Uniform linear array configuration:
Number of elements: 8
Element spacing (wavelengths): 1
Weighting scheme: uniform
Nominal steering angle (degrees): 0
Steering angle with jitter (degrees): -1.385
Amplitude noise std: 0.05
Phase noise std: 0.05

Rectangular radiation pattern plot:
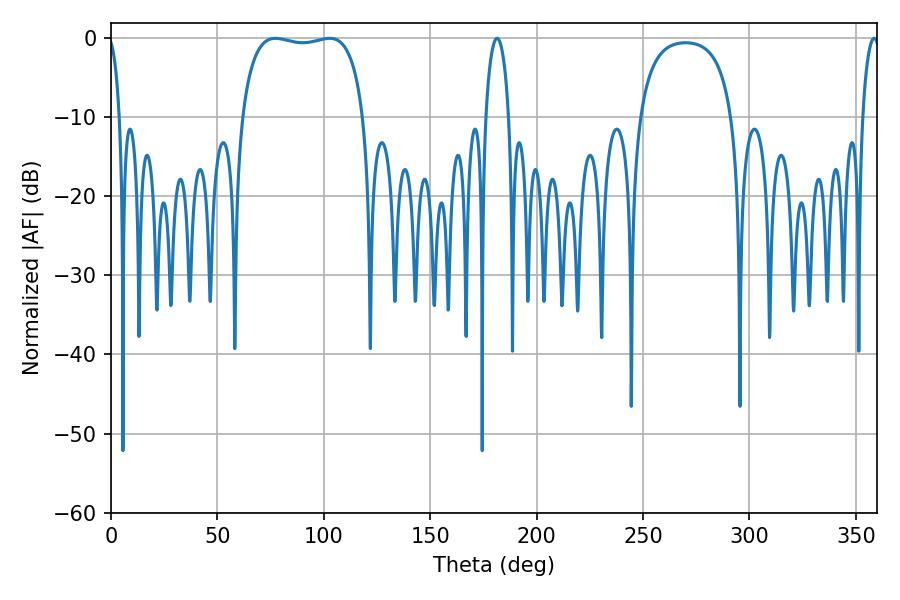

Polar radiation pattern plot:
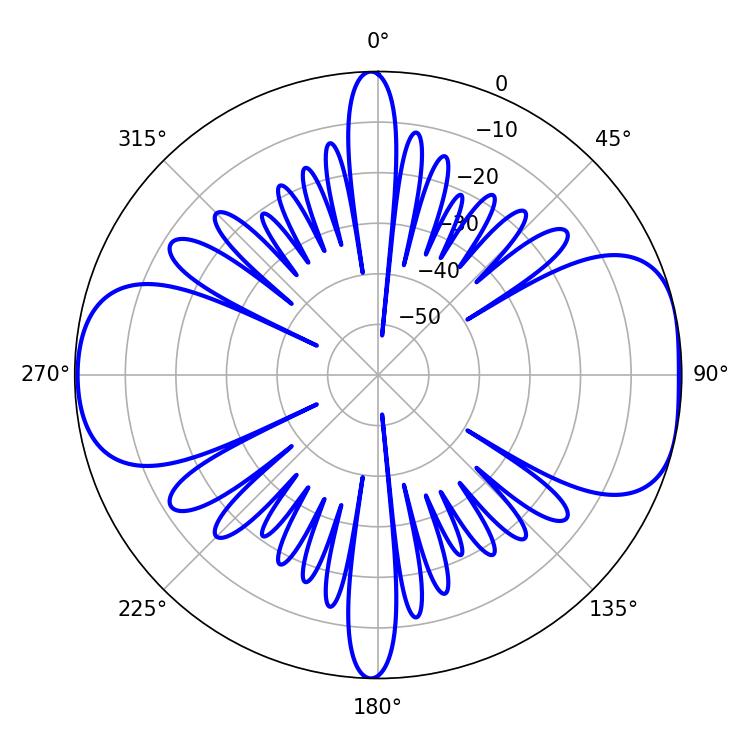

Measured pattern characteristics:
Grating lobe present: TRUE
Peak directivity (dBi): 8.39
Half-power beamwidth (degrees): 46.08
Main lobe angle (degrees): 77.22